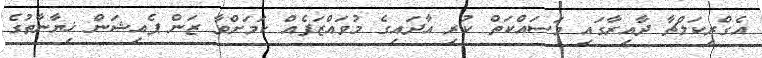
އެގްރިކަލްޗާ ދާއިރާގައި މަަސައްކަތް ކުރި އާދައިގެ މުވައްޒަފެއް ކަމަށްވާ ޒަން ޕެއިޝަން ޚިޔާނާތުގެ